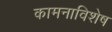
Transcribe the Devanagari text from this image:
कामनाविशेष